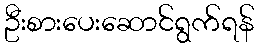
ဦးစားပေးဆောင်ရွက်ရန်